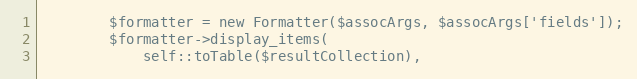
Language: PHP
        $formatter = new Formatter($assocArgs, $assocArgs['fields']);
        $formatter->display_items(
            self::toTable($resultCollection),